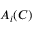
A _ { i } ( C )